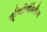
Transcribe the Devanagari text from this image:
सृष्टिनिर्मितीस